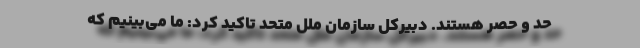
حد و حصر هستند. دبیرکل سازمان ملل متحد تاکید کرد: ما می‌بینیم که